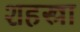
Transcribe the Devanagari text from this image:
शहस्त्रा